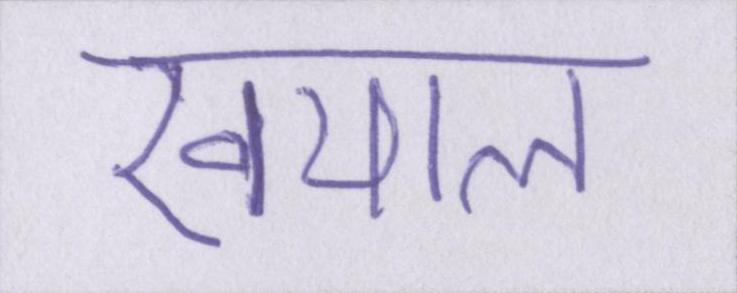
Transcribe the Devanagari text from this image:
खयाल